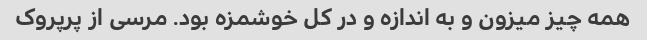
همه چیز میزون و به اندازه و در کل خوشمزه بود. مرسی از پرپروک